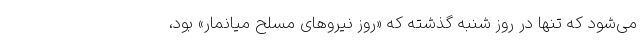
می‌شود که تنها در روز شنبه گذشته که «روز نیروهای مسلح میانمار» بود،